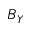
B _ { Y }